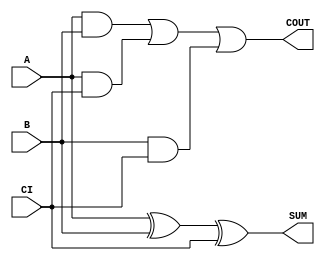
module sky130_fd_sc_lp__fah (
    COUT,
    SUM ,
    A   ,
    B   ,
    CI
);

    // Module ports
    output COUT;
    output SUM ;
    input  A   ;
    input  B   ;
    input  CI  ;

    // Local signals
    wire xor0_out_SUM;
    wire a_b         ;
    wire a_ci        ;
    wire b_ci        ;
    wire or0_out_COUT;

    //  Name  Output        Other arguments
    xor xor0 (xor0_out_SUM, A, B, CI       );
    buf buf0 (SUM         , xor0_out_SUM   );
    and and0 (a_b         , A, B           );
    and and1 (a_ci        , A, CI          );
    and and2 (b_ci        , B, CI          );
    or  or0  (or0_out_COUT, a_b, a_ci, b_ci);
    buf buf1 (COUT        , or0_out_COUT   );

endmodule